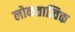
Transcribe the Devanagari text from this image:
लोकतात्विक